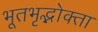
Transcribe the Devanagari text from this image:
भूतभृद्भोक्ता